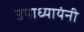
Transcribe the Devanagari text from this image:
उपाध्यायंनी